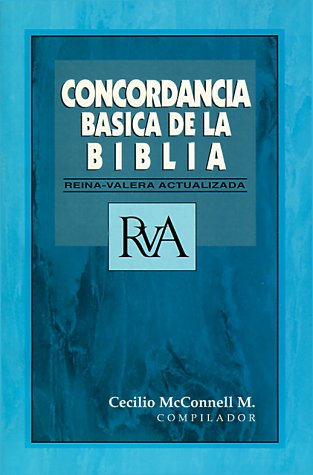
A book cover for Concordancia bÃ¡sica de la Biblia; Christian Books & Bibles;